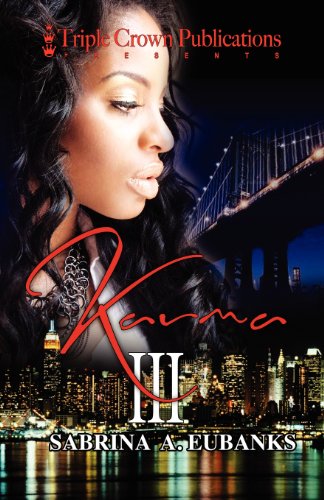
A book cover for Karma III (Triple Crown Publications Presents); Sabrina A. Eubanks; Mystery, Thriller & Suspense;